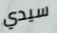
سيدي